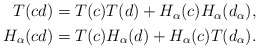
\begin{align*}\begin{aligned} T(cd)=T(c)T(d)+H_\alpha(c)H_\alpha (d_\alpha), \\ H_\alpha(cd)=T(c)H_\alpha(d)+H_\alpha(c)T(d_\alpha).\end{aligned}\end{align*}